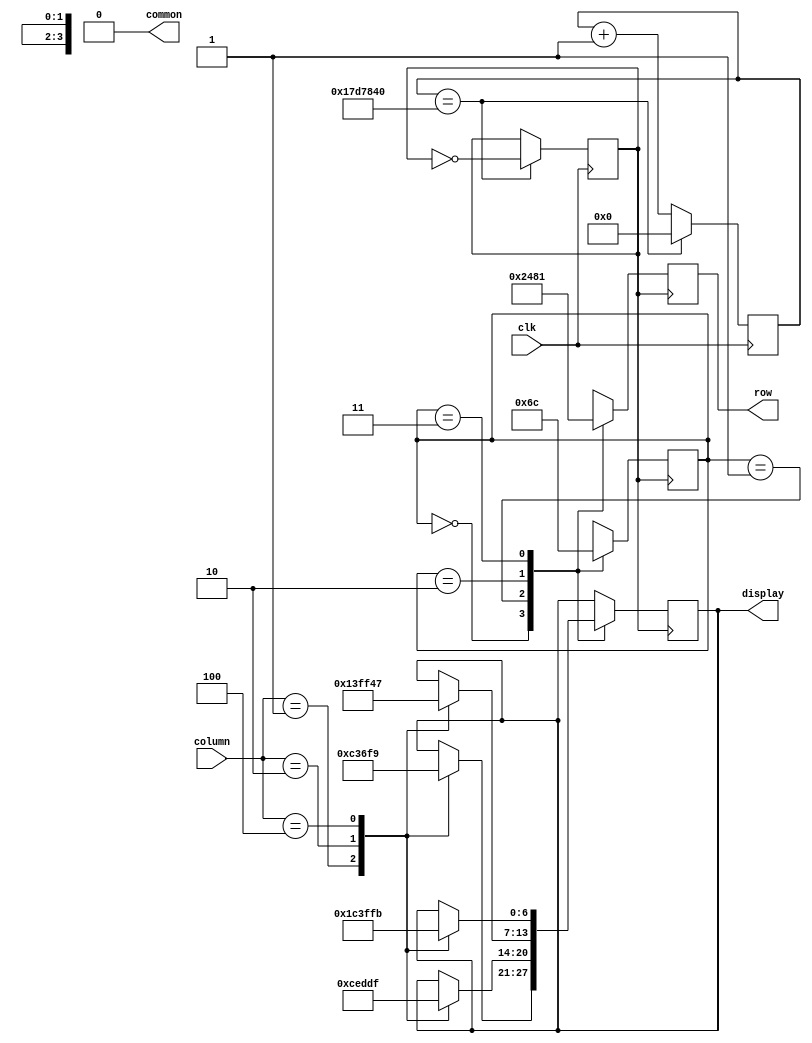
`timescale 1ns / 1ps
//////////////////////////////////////////////////////////////////////////////////
// Company: 
// Engineer: 
// 
// Design Name: 
// Module Name:    ch1 
// Project Name: 
// Target Devices: 
// Tool versions: 
// Description: 
//
// Dependencies: 
//
// Revision: 
// Revision 0.01 - File Created
// Additional Comments: 
//
//////////////////////////////////////////////////////////////////////////////////
module keypad(clk,column,row,display,common);
	input clk;
	input[2:0] column;
	output[3:0] row;
	output[6:0] display;
	output common;
	parameter s1 = 2'b00;
	parameter s2 = 2'b01;
	parameter s3 = 2'b10;
	parameter s4 = 2'b11;
	reg[3:0] row;
	reg[6:0] display;
	reg com;
	reg[1:0] state = s1;
	reg [31:0] cnt;
assign common = 0;
reg sclk;
always@(posedge sclk)
	case (state)
		s1 : begin 
			row <= 4'b0010;
			case (column)
				3'b001 : display <= 7'b0110000 ; //show 1 011 000 0 
				3'b010 : display <= 7'b1101101 ; //show 2 110 110 1
				3'b100 : display <= 7'b1111001 ;	//show 3 111 100 1
			endcase
			state <= s2;
			
		end
		s2 : begin
			row <= 4'b0100 ;
			case (column)
				3'b001 : display <= 7'b0110011 ; //show 4 011 001 1
				3'b010 : display <= 7'b1011011 ; //show 5 101 101 1
				3'b100 : display <= 7'b1011111 ; //show 6 101 111 1
				endcase
				state <= s3;
				
		end
		s3 : begin 
			row <= 4'b1000;
			case (column)
				3'b001 : display <= 7'b1001111 ; //show 7 100 111 1
				3'b010 : display <= 7'b1111110 ; //show 8 111 111 0
				3'b100 : display <= 7'b1000111 ; //show 9 100 011 1
			endcase
			state <= s4;
			
		end
		s4 : begin
			row <= 4'b0001 ;
			case (column)
				3'b001 : display <= 7'b1110000 ; //show E 111 000 0
				3'b010 : display <= 7'b1111111 ; //show 0 111 111 1
				3'b100 : display <= 7'b1111011 ; //show F 111 101 1
				
			endcase
			state <= s1;
			
		end
	endcase
	
	always@(posedge clk)
		//begin if (cnt == 50) begin sclk <= ~sclk; cnt <=0; end else cnt <= cnt + 1; end
		begin if (cnt == 25000000) begin sclk <= ~sclk; cnt <=0; end else cnt <= cnt + 1; end
	
endmodule